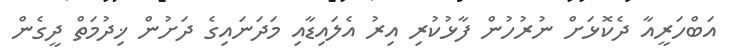
އަބްހަރީއާ ދެކޮޅަށް ނުރުހުން ފާޅުކުރި އިރު އެލައިޑާއި މަދަނައިގެ ދަށުން ޚިދުމަތް ދީގެން